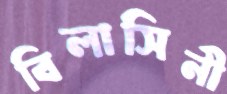
বিলাসিনী